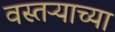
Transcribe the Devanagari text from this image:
वस्तऱ्याच्या